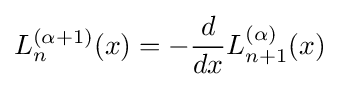
L_{n}^{(\alpha +1)}(x)=-{\frac {d}{dx}}L_{n+1}^{(\alpha )}(x)